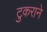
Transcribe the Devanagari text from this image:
टुकराने